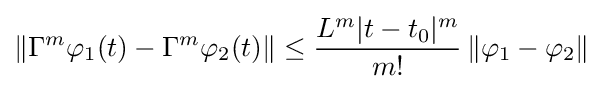
\left\|\Gamma ^{m}\varphi _{1}(t)-\Gamma ^{m}\varphi _{2}(t)\right\|\leq {\frac {L^{m}|t-t_{0}|^{m}}{m!}}\left\|\varphi _{1}-\varphi _{2}\right\|